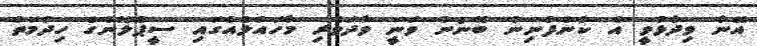
އޭނާ ވިދާޅުވީ އެ ކުންފުނިން ބޭނުން ވަނީ ވާދަވެރި މާހައުލެއްގައި ސީޕްލޭންގެ ހިދުމަތް